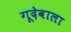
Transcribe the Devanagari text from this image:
गूदेवाला